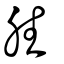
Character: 胜